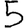
Digit: 5